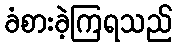
ခံစားခဲ့ကြရသည်